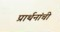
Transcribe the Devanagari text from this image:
प्रार्थनांची